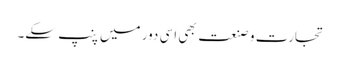
تجارت و صنعت بھی اسی دور میں پنپ سکے۔